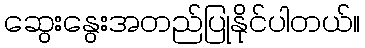
ဆွေးနွေးအတည်ပြုနိုင်ပါတယ်။